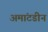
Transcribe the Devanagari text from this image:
अमांटडीन